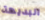
البديهة